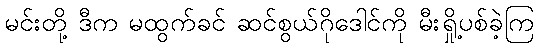
မင်းတို့ ဒီက မထွက်ခင် ဆင်စွယ်ဂိုဒေါင်ကို မီးရှို့ပစ်ခဲ့ကြ